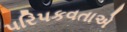
પરિપકવતાએ